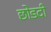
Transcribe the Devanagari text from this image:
छोडदी